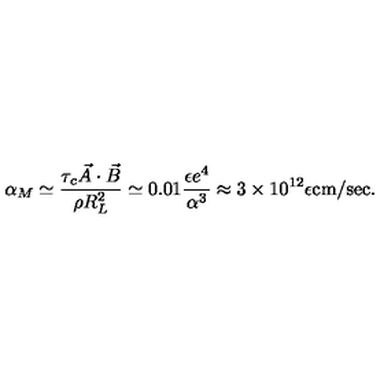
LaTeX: \alpha _ { M } \simeq \frac { \tau _ { c } \vec { A } \cdot \vec { B } } { \rho R _ { L } ^ { 2 } } \simeq 0 . 0 1 \frac { \epsilon e ^ { 4 } } { \alpha ^ { 3 } } \approx 3 \times 1 0 ^ { 1 2 } \epsilon \mathrm { c m / s e c } .